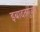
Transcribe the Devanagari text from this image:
इबादतगुजार